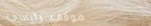
موقف رئيسي